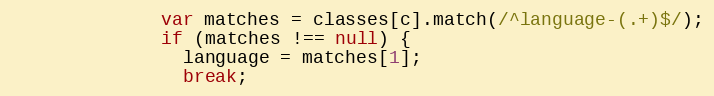
Language: JavaScript
              var matches = classes[c].match(/^language-(.+)$/);
              if (matches !== null) {
                language = matches[1];
                break;